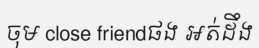
ចុម close friendផង អត់ដឹង